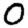
Digit: 0